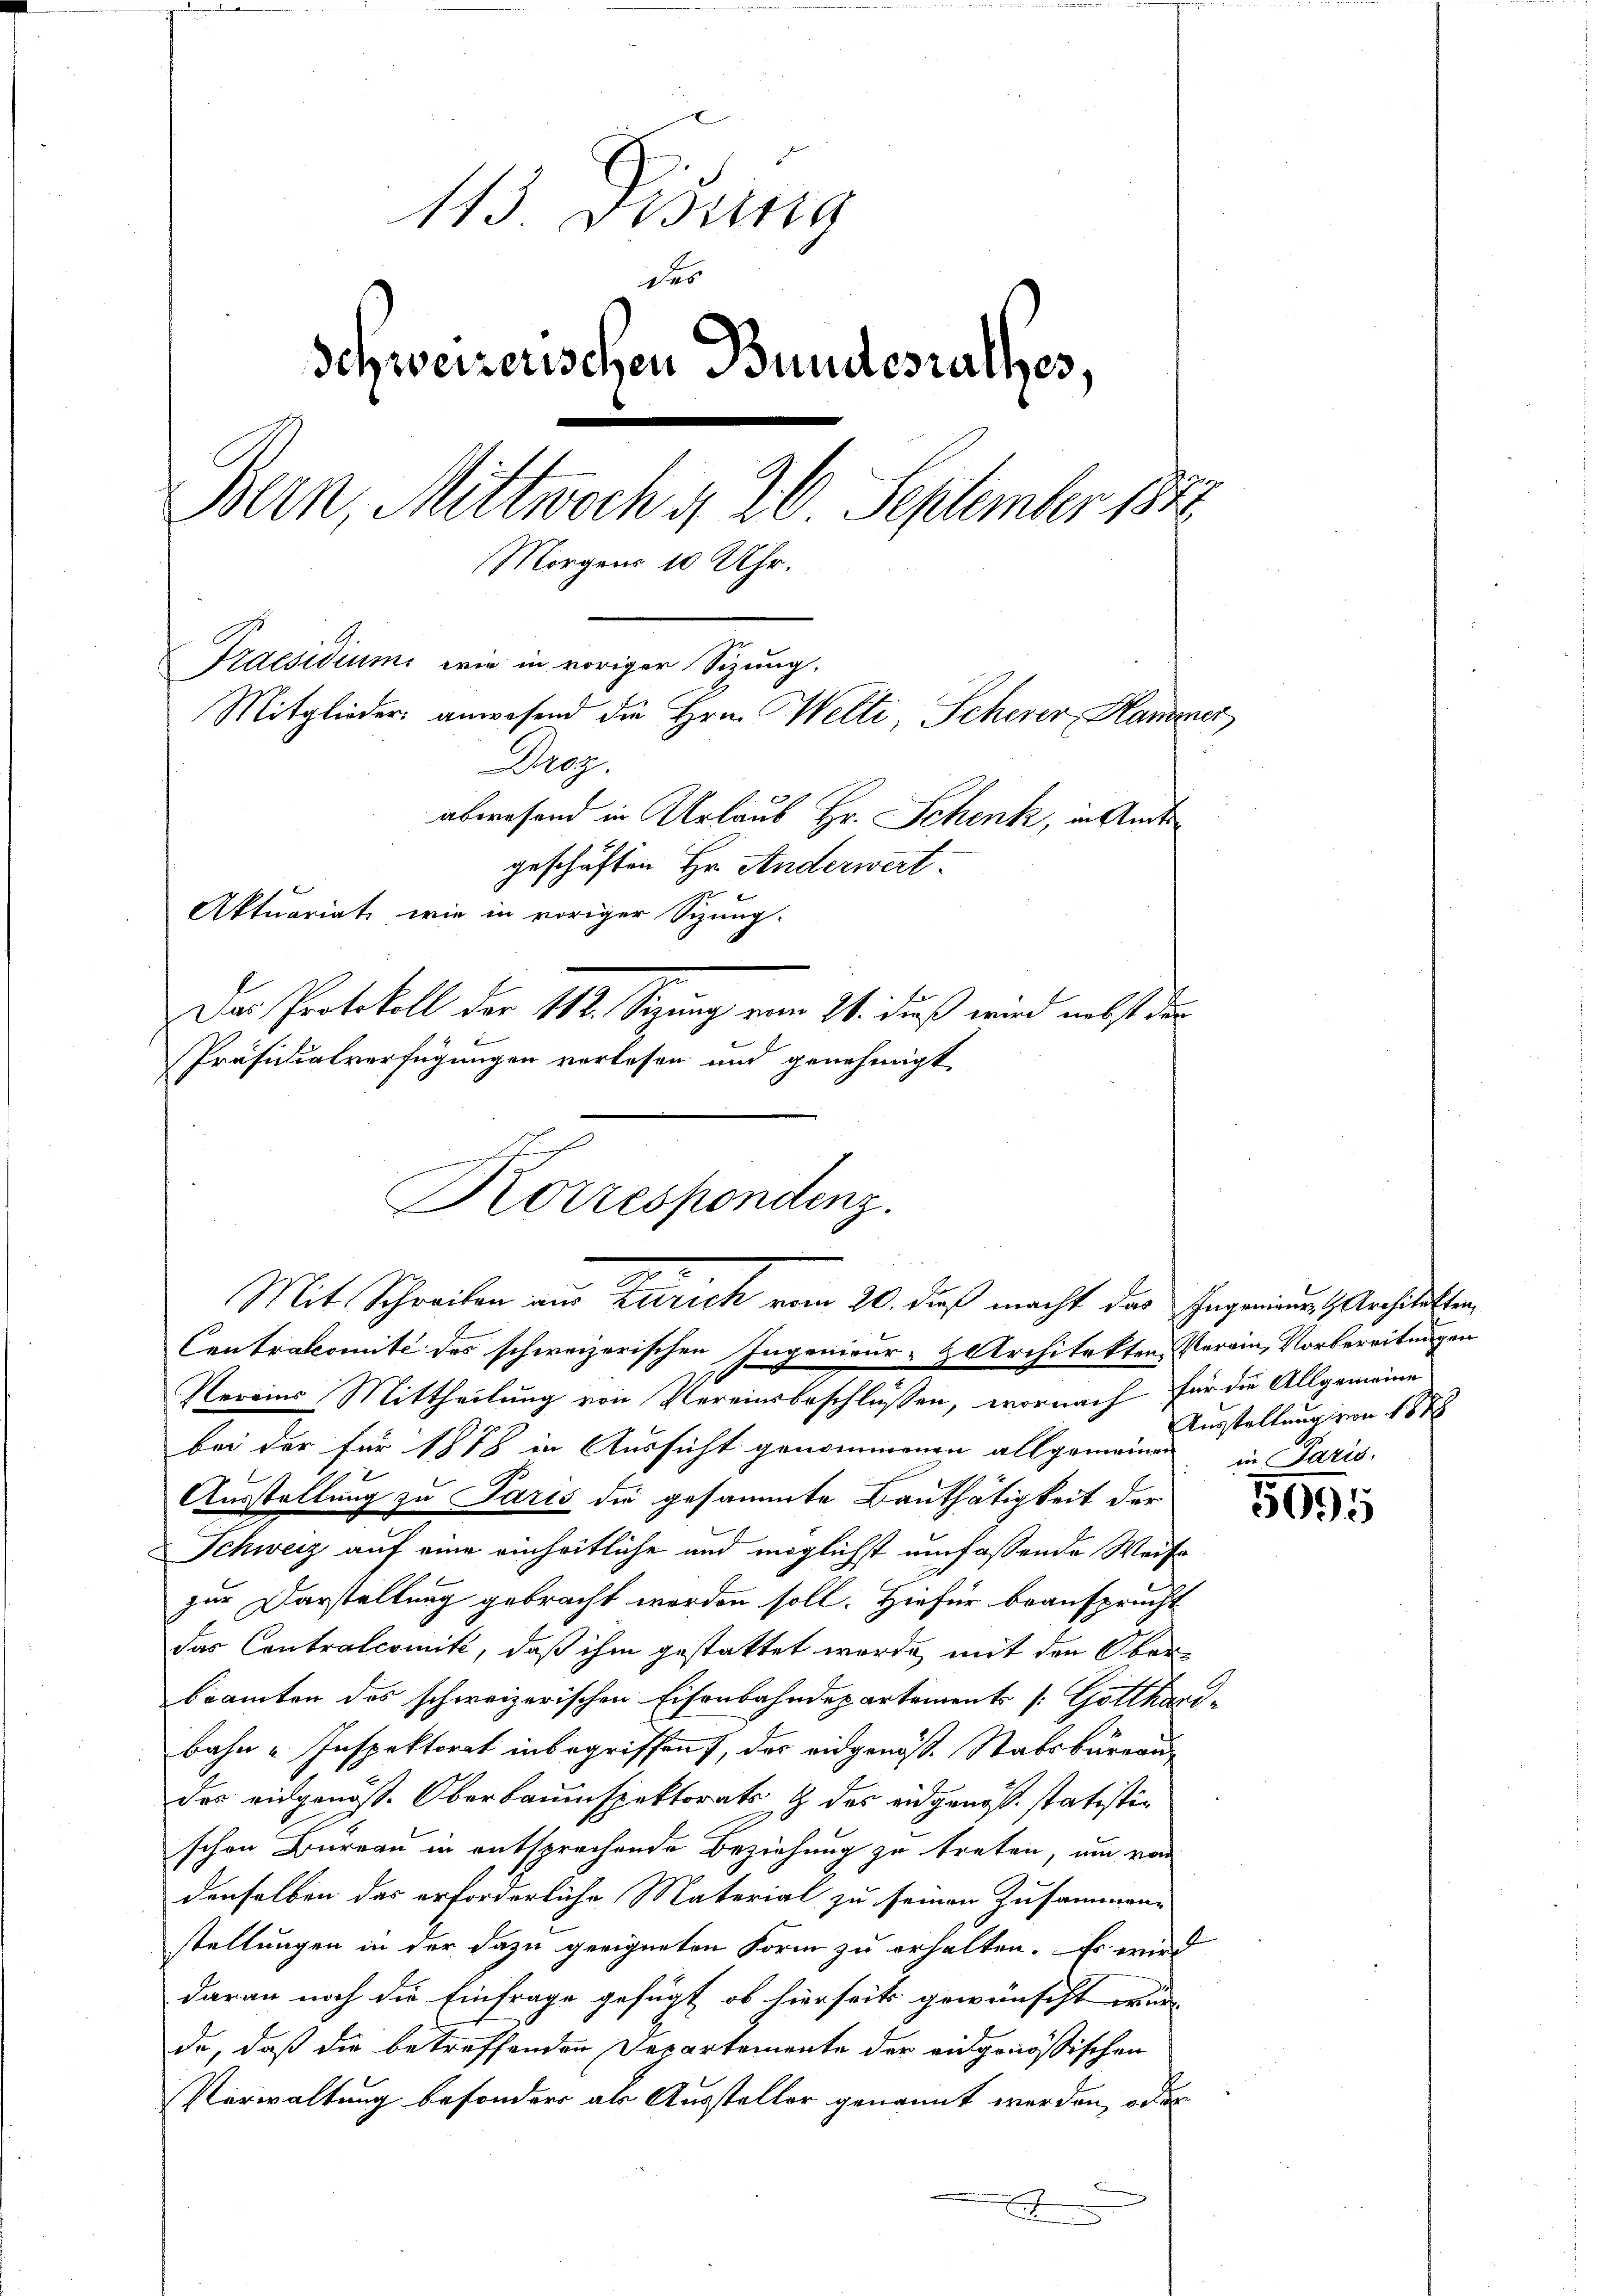
143. Dring
Schweizerischen Bundesrathes,
Bern, Mittwoch § 20. September 184
Morgens 10 Uhr.
Praesidium wie in voriger Sizung.
Mitglieder anwesend die Hrn. Welti, Scherer Hammer
Droz.
abwesend in Urlaub Hr. Schenk, in Stadt
geschäften Hr. Anderwert.
Aktuariat, wie in voriger Sitzung.
Das Protokoll der 112. Setzung vom 21. dieß wird nebst den
Präsidialverfügungen verlesen und genehmigt

des

bei der für 1878 in Aussicht genommenen allgemeinen, in Paris
Ausstellung zu Paris die gesammte Bauthätigkeit der
Schweiz auf eine einheitliche und möglichst umfassende Weise
zur Darstellung gebracht worden soll. Hiefür beansprucht
das Contralcomité, daß ihm gestattet werde, mit den Ober-
beamten des schweizerischen Eisenbahndepartements [: Gotthari-
bahn - Inspektorat inbegriffen, das eidgenöss. Stabsbureau
des eidgenöss. Oberbauinspektorats & des eidgenöß statistischen Bureau in entsprechende Beziehung zu treten, um von
denselben das erforderliche Material zu seinen Zusammen-
stellungen in der dazu geeigneten Form zu erhalten. Es wird
daran noch die Einfrage gefügt, ob hierseits gewünscht wurd
de, daß die betreffenden Departemente der eidgenößischen
Verwaltung besondere als Aussteller genannt werden, oder
x

Korrespondenz.
Mit Schreiben von Zürich vom 20. dieß macht das Ingenieurs. Architten,
Centrakomité des schweizerischen Ingenieur-Architekten Verein, Vorbereitungen
Nerains Mittheilung von Vereinsbeschlüssen, wornach für die Allgemeine

Ausstellung von 1878

599.